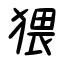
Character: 猥